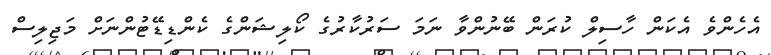
އެހެންވެ އެކަން ހާސިލް ކުރަން ބޭނުންވާ ނަމަ ސަރުކާރުގެ ކޯލިޝަންގެ ކެންޑިޑޭޓުންނަށް މަޖިލިސް